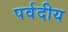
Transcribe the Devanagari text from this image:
पर्वदीय